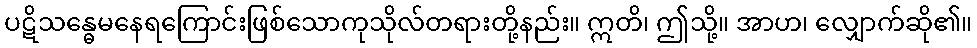
ပဋိသန္ဓေမနေရကြောင်းဖြစ်သောကုသိုလ်တရားတို့နည်း။ ဣတိ၊ ဤသို့။ အာဟ၊ လျှောက်ဆို၏။